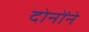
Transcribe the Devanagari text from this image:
दोनोंने